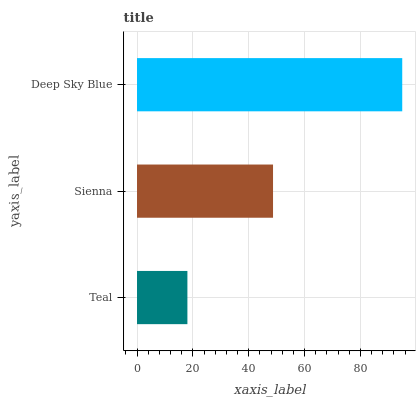
| yaxis_label | bars |
 | --- | --- |
 | Teal | 18 |
 | Sienna | 48.7 |
 | Deep Sky Blue | 95 |